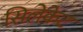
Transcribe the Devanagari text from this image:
सिलेकेट